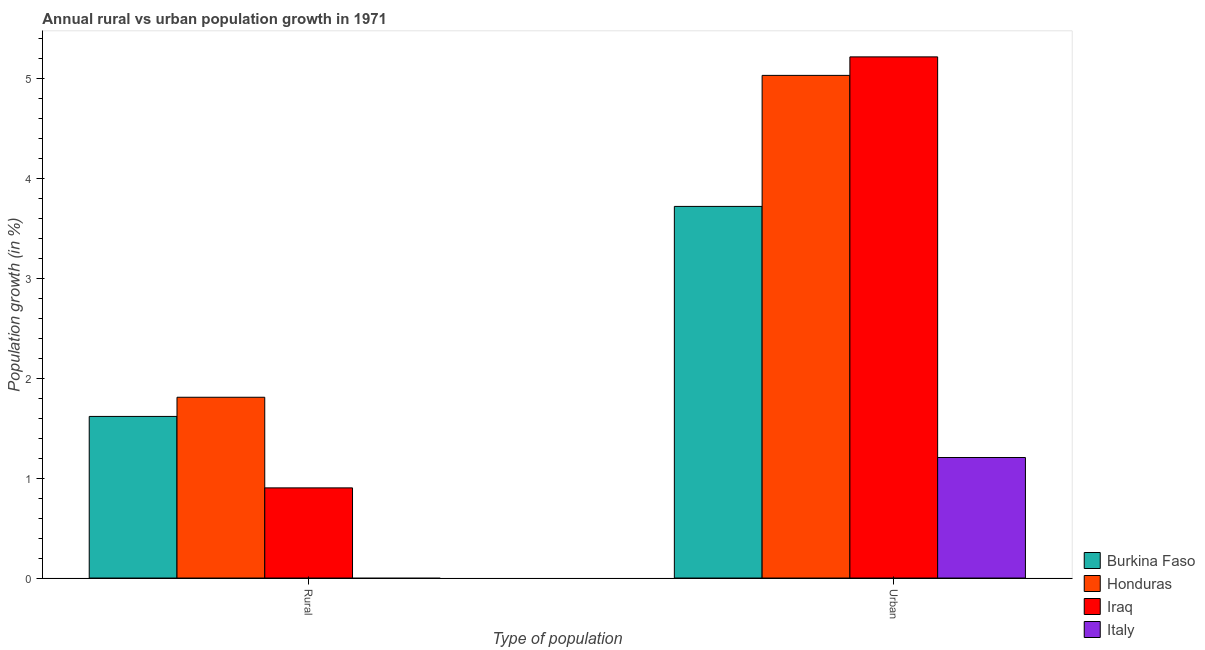
| Type of population | Burkina Faso | Honduras | Iraq | Italy |
 | --- | --- | --- | --- | --- |
 | Rural | 1.62 | 1.81 | 0.903 | -0.88 |
 | Urban  | 3.72 | 5.04 | 5.22 | 1.21 |